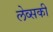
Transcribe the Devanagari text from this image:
लेव्‍सकी